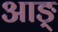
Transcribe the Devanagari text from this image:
आङ्‌